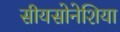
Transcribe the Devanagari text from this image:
सीयसोनेशिया